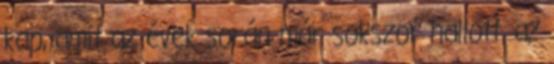
kap, amit az évek során már sokszor hallott, az